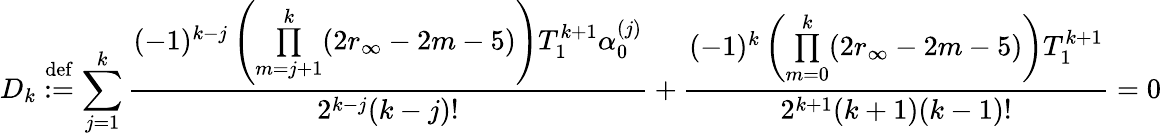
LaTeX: D_{k}\overset{\mathrm{def}}{:=}\sum_{j=1}^{k}\frac{(-1)^{k-j}\left(\underset{m=j+1}{\overset{k}{\prod}}(2r_{\infty}-2m-5)\right)T_{1}^{k+1}\alpha_{0}^{(j)}}{2^{k-j}(k-j)!}+\frac{(-1)^{k}\left(\underset{m=0}{\overset{k}{\prod}}(2r_{\infty}-2m-5)\right)T_{1}^{k+1}}{2^{k+1}(k+1)(k-1)!}=0